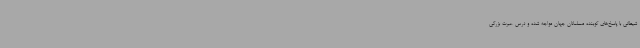
شیطانی با پاسخ‌های کوبنده مسلمانان جهان مواجه شده و درس عبرت بزرگی